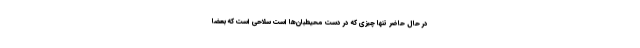
در حال حاضر تنها چیزی که در دست محیطبان‌ها است سلاحی است که بعضا